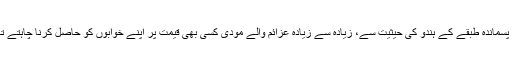
ایک پسماندہ طبقے کے ہندو کی حیثیت سے، زیادہ سے زیادہ عزائم والے مودی کسی بھی قیمت پر اپنے خوابوں کو حاصل کرنا چاہتے تھے۔